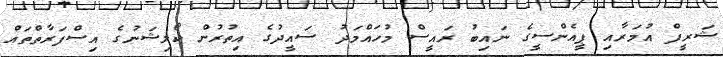
ޝަރީފް އުމަރާއި ޕީއެންސީގެ ނައިބު ރައީސް މުހައްމަދު ސައީދުގެ އިތުރުން ކޯލިޝަނުގެ އިސްފަރާތްތައް